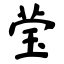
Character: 莹